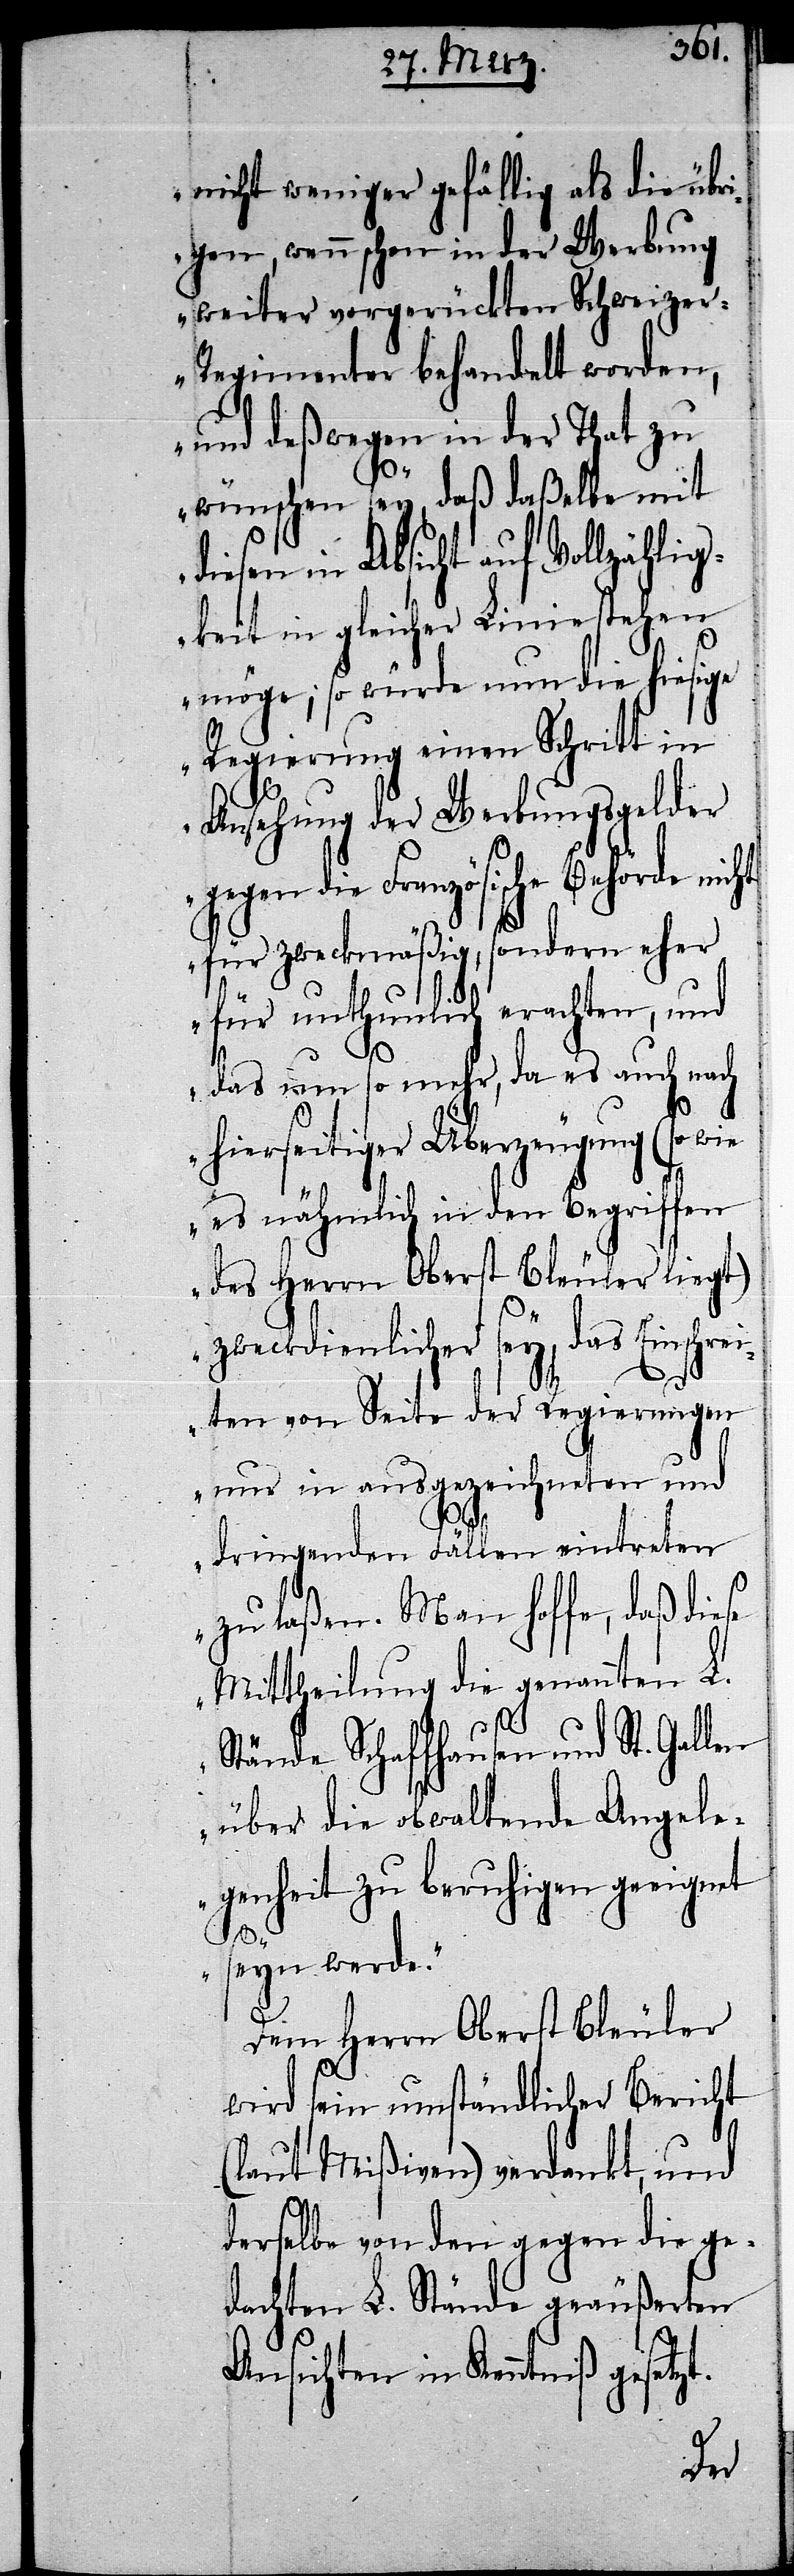
nicht weniger gefällig als die übri¬
gen, wenn schon in der Werbung
weiter vorgerückten Schweize¬
r-Regimenter behandelt worden,
und deßwegen in der That zu
wünschen sey, daß daßelbe mit
in Absicht auf Vollzähli¬
gkeit in gleicher Linie stehen
möge; so würde nun die hiesige
Regierung einen Schritt in
Ansehung der Werbungsgelder
die Französische Behörde nic¬
für zweckmäßig, sondern eher
für unthunlich erachten, und
das um so mehr, da es auch nach
hierseitiger Überzeugung (so wie
es nähmlich in den Begriffen
des Herrn Oberst Bleuler liegt)
eckdienlicher sey, das Einsc¬
ten von Seite der Regierungen
nur in ausgezeichneten und
dringenden Fällen eintreten
zu laßen. Man hoffe, daß diese
Mittheilung die genannten L.
Stände Schaffhausen und St. Gallen
über die obwaltende Angele¬
genheit zu beruhigen geeignet
hrei¬
seyn werde.“
Dem Herrn Oberst Bleuler
wird sein umständlicher Bericht
(laut Mißiven) verdankt, und
derselbe von den gegen die ge¬
dachten L. Stände geäußerten
Ansichten in Kenntniß gesetzt.